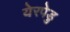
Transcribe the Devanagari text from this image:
येरपेडु